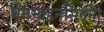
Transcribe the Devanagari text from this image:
मनमोहनसिंगनी